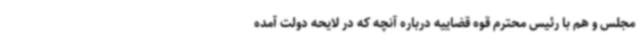
مجلس و هم با رئیس محترم قوه قضاییه درباره آنچه که در لایحه دولت آمده